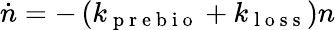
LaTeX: \dot{n}=-\left(k_{\mathrm{~p~r~e~b~i~o~}}+k_{\mathrm{~l~o~s~s~}}\right)n